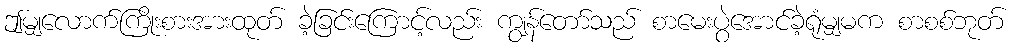
ဤမျှလောက်ကြိုးစားအားထုတ် ခဲ့ခြင်းကြောင့်လည်း ကျွန်တော်သည် စာမေးပွဲအောင်ခဲ့ရုံမျှမက စာစစ်ဘုတ်